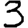
Digit: 3